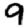
Digit: 9